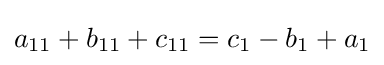
a_{11}+b_{11}+c_{11}=c_{1}-b_{1}+a_{1}